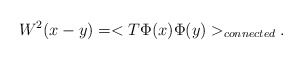
\begin{align*}W^{2}(x-y)=<T\Phi(x)\Phi(y)>_{connected}.\end{align*}